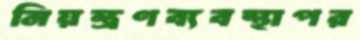
নিয়ন্ত্রণব্যবস্থাপর